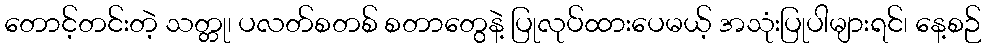
တောင့်တင်းတဲ့ သတ္တု၊ ပလတ်စတစ် စတာတွေနဲ့ ပြုလုပ်ထားပေမယ့် အသုံးပြုပါများရင်၊ နေ့စဉ်